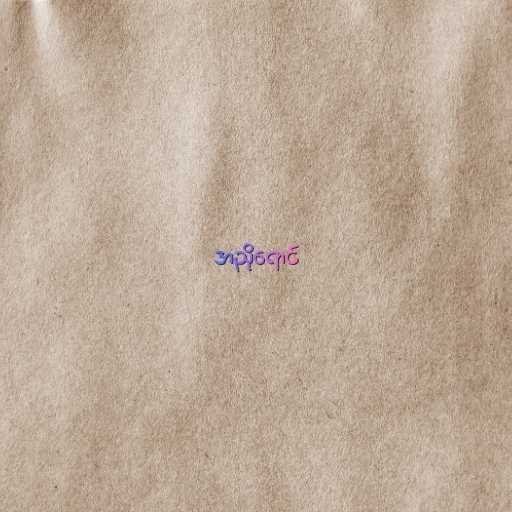
အညိုရောင်